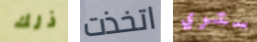
ذلك اتخذت ستري